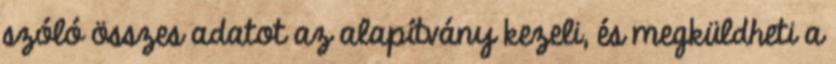
szóló összes adatot az alapítvány kezeli, és megküldheti a